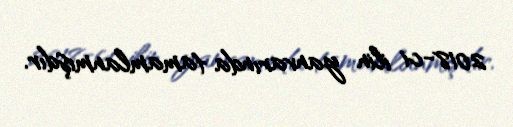
2018-ci ilin yanvarında tamamlanmışdır.